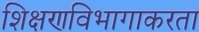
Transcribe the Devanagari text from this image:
शिक्षणविभागाकरता